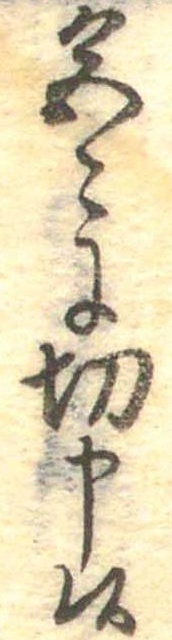
色〻に切申候